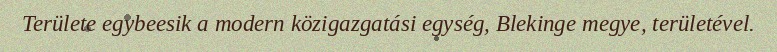
Területe egybeesik a modern közigazgatási egység, Blekinge megye, területével.